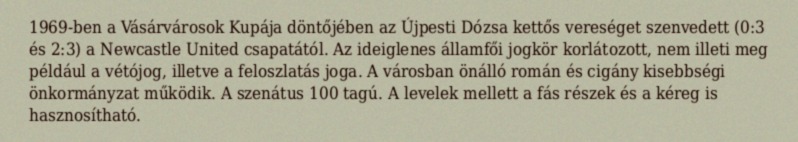
1969-ben a Vásárvárosok Kupája döntőjében az Újpesti Dózsa kettős vereséget szenvedett (0:3 és 2:3) a Newcastle United csapatától. Az ideiglenes államfői jogkör korlátozott, nem illeti meg például a vétójog, illetve a feloszlatás joga. A városban önálló román és cigány kisebbségi önkormányzat működik. A szenátus 100 tagú. A levelek mellett a fás részek és a kéreg is hasznosítható.